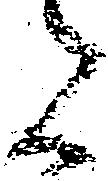
者